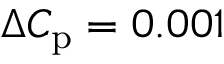
\Delta C _ { \mathrm { p } } = 0 . 0 0 1